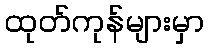
ထုတ်ကုန်များမှာ